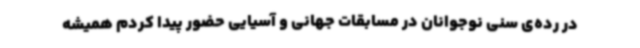
در رده‌ی سنی نوجوانان در مسابقات جهانی و آسیایی حضور پیدا کردم همیشه